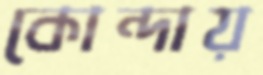
কোন্দায়